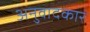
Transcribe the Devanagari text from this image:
अनुवादकार